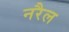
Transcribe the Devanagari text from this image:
नरैल